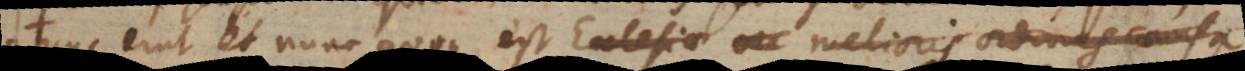
tunc erat et nunc quoque est Ecclesiae ac melioris ordinis causa